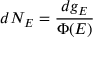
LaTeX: d N _ { E } = { \frac { d g _ { E } } { \Phi ( E ) } }